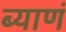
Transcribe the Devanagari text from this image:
ब्याणं